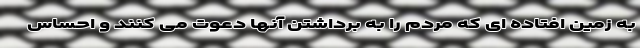
به زمین افتاده ای که مردم را به برداشتن آنها دعوت می کنند و احساس